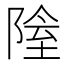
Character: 𨺴